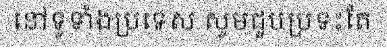
នៅទូទាំងប្រទេស សូមជួបប្រទះតែ